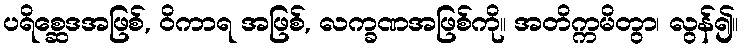
ပရိစ္ဆေဒအဖြစ်, ဝိကာရ အဖြစ်, လက္ခဏအဖြစ်ကို။ အတိက္ကမိတွာ၊ လွန်၍။